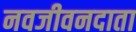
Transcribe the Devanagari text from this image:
नवजीवनदाता